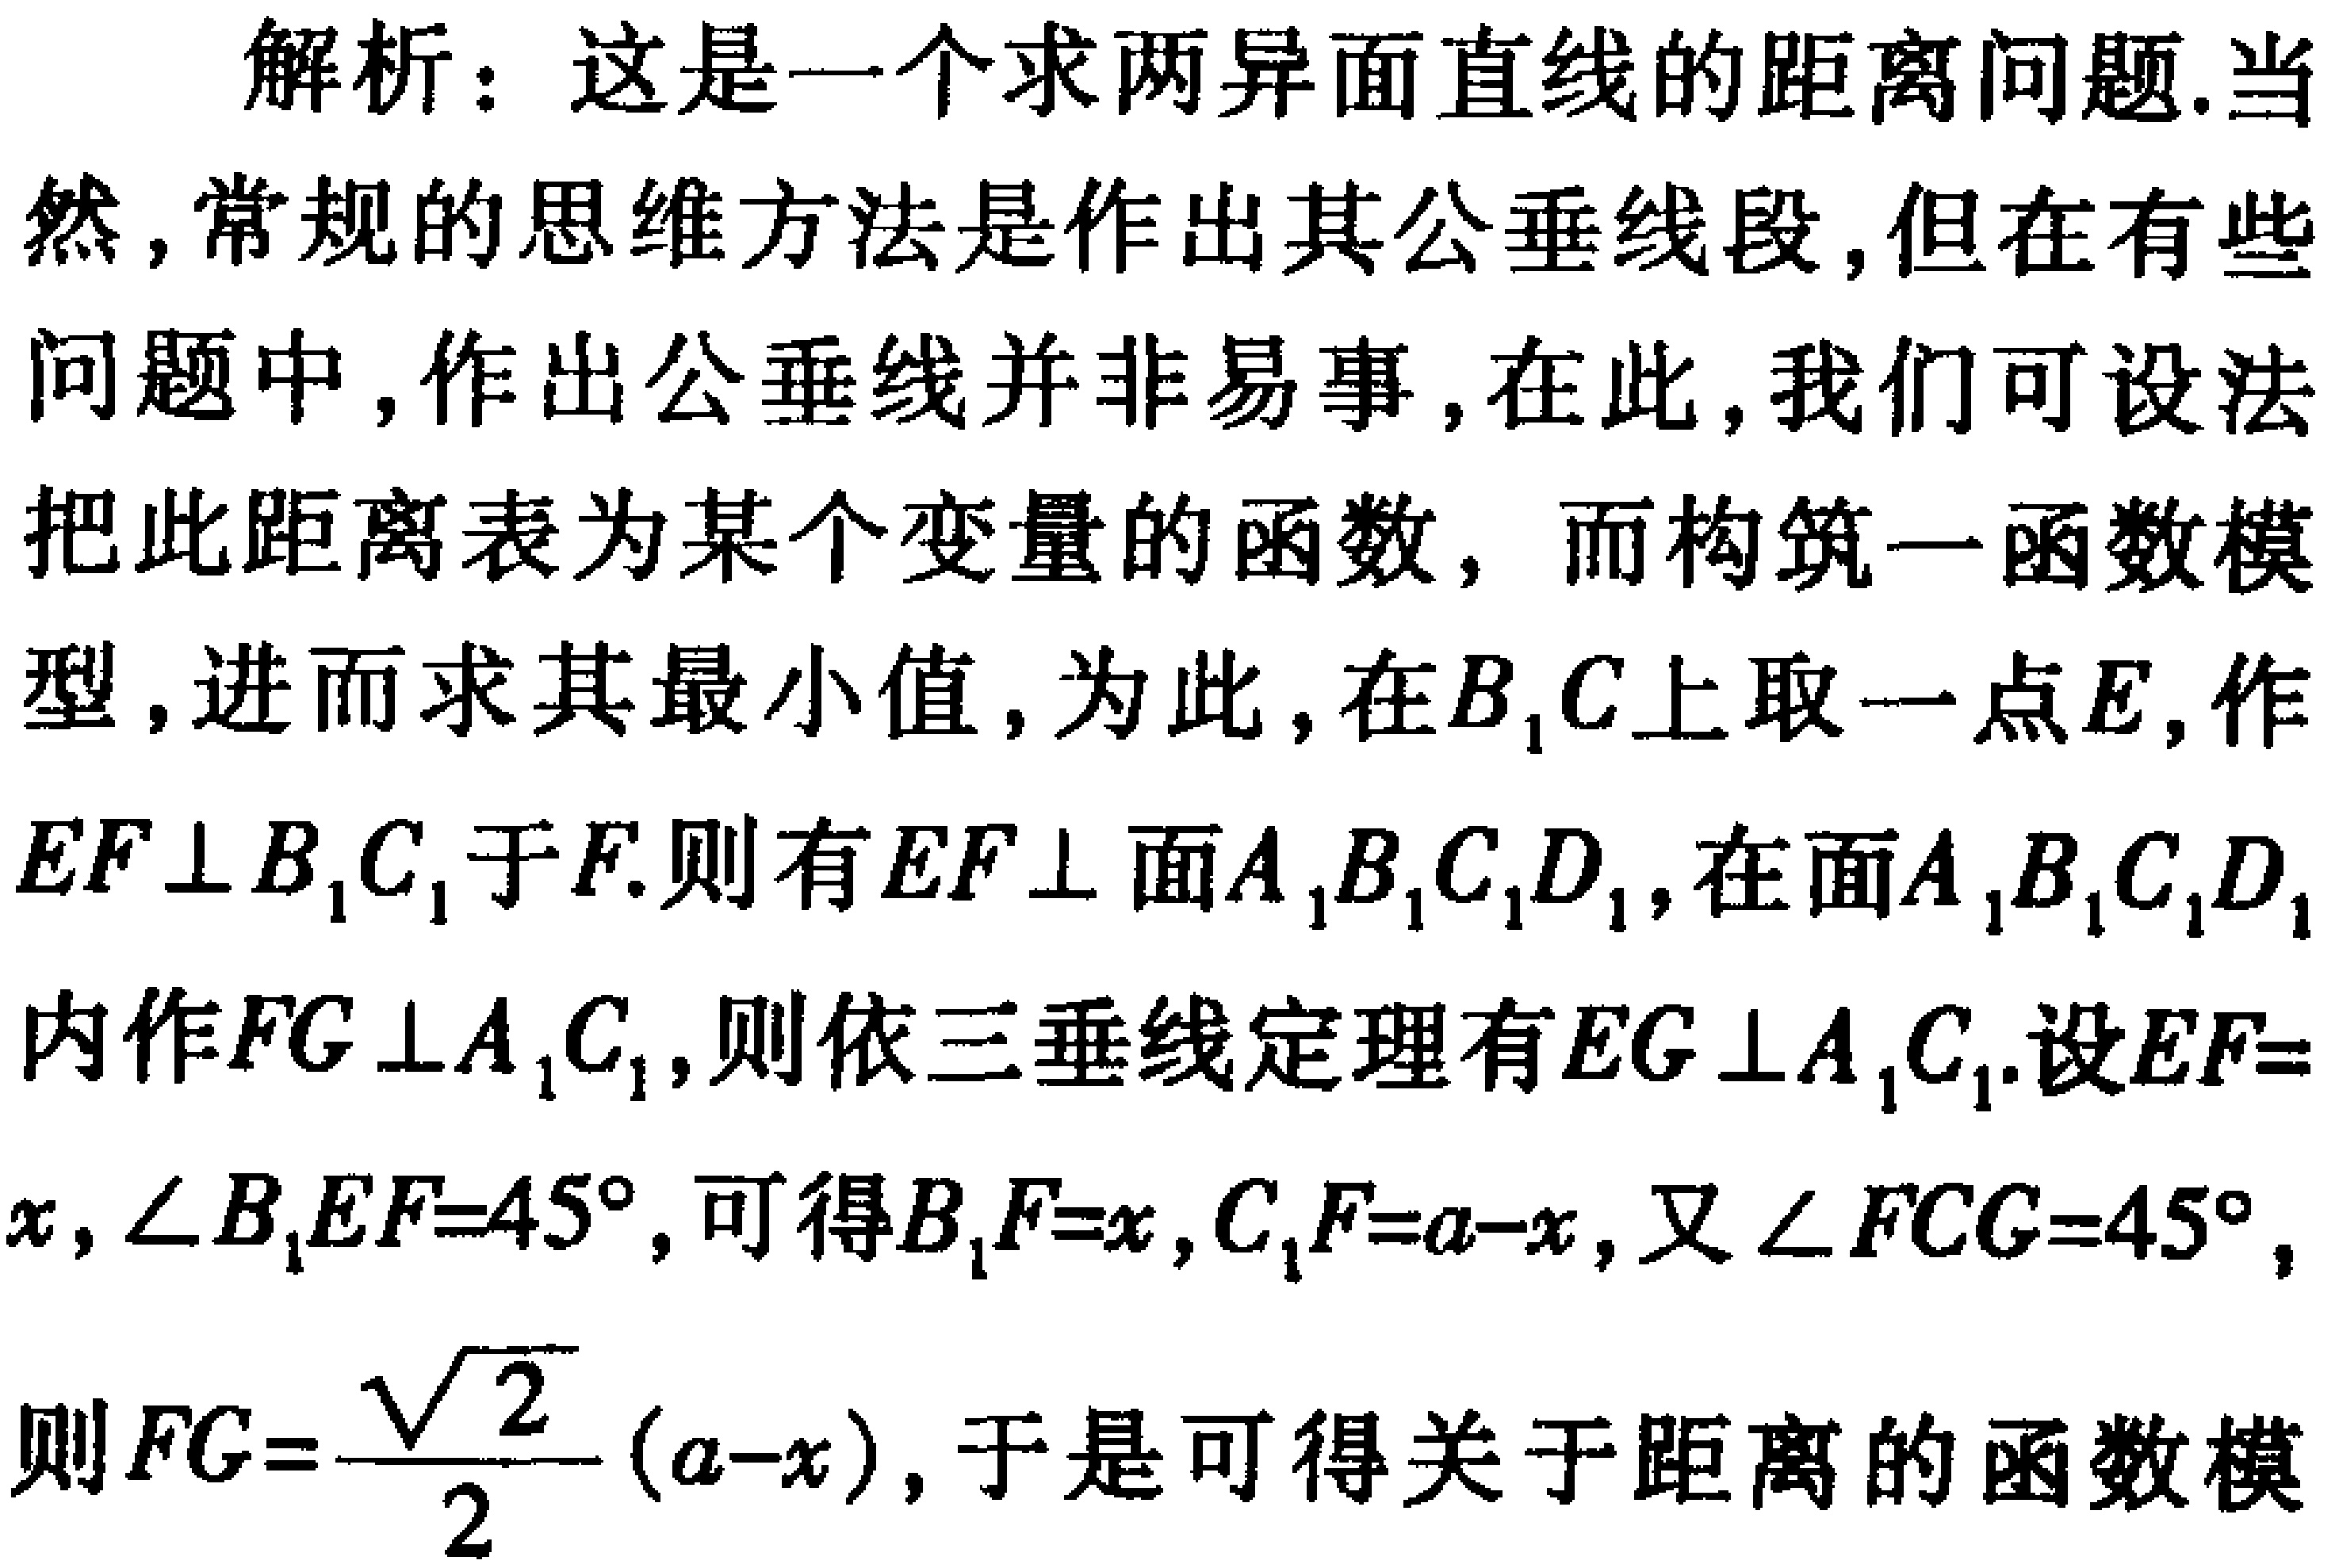
解析：这是一个求两异面直线的距离问题.当然,常规的思维方法是作出其公垂线段,但在有些问题中,作出公垂线并非易事,在此,我们可设法把此距离表为某个变量的函数，而构筑一函数模型,进而求其最小值,为此,在\(B_{1}C\)上取一点\(E\),作\(EF\perp B_{1}C_{1}\)于\(F\).则有\(EF\perp\)面\(A_{1}B_{1}C_{1}D_{1}\),在面\(A_{1}B_{1}C_{1}D_{1}\)内作\(FG\perp A_{1}C_{1}\),则依三垂线定理有\(EG\perp A_{1}C_{1}\).设\(EF = x\),\(\angle B_{1}EF = 45^{\circ}\),可得\(B_{1}F = x\),\(C_{1}F = a - x\),又\(\angle FCG = 45^{\circ}\),则\(FG=\frac{\sqrt{2}}{2}(a - x)\),于是可得关于距离的函数模